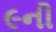
૯ની